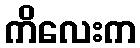
ကိလေးက